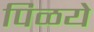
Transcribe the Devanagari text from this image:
पिळये